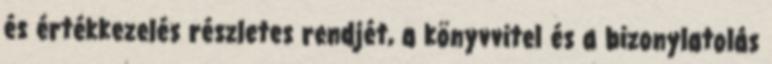
és értékkezelés részletes rendjét, a könyvvitel és a bizonylatolás